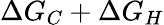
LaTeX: \Delta G_{C}+\Delta G_{H}